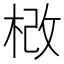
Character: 𣒵